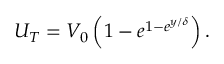
\begin{array} { r } { U _ { T } = V _ { 0 } \left( 1 - e ^ { 1 - e ^ { y / \delta } } \right) . } \end{array}